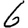
Digit: 6